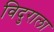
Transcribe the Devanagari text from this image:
विदुराला